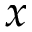
x